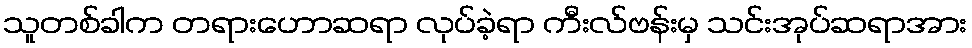
သူတစ်ခါက တရားဟောဆရာ လုပ်ခဲ့ရာ ကီးလ်ဗန်းမှ သင်းအုပ်ဆရာအား